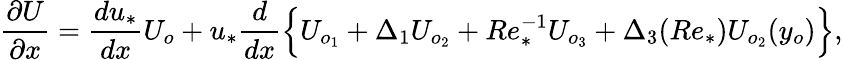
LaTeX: \frac{\partial U}{\partial x}=\frac{du_{*}}{dx}U_{o}+u_{*}\frac{d}{dx}\Big\{ U_{o_{1}}+\Delta_{1}U_{o_{2}}+Re_{*}^{-1}U_{o_{3}}+\Delta_{3}(Re_{*})U_{o_{2}}(y_{o})\Big\} ,